Annual report on the lock hospitals of the Madras Presidency
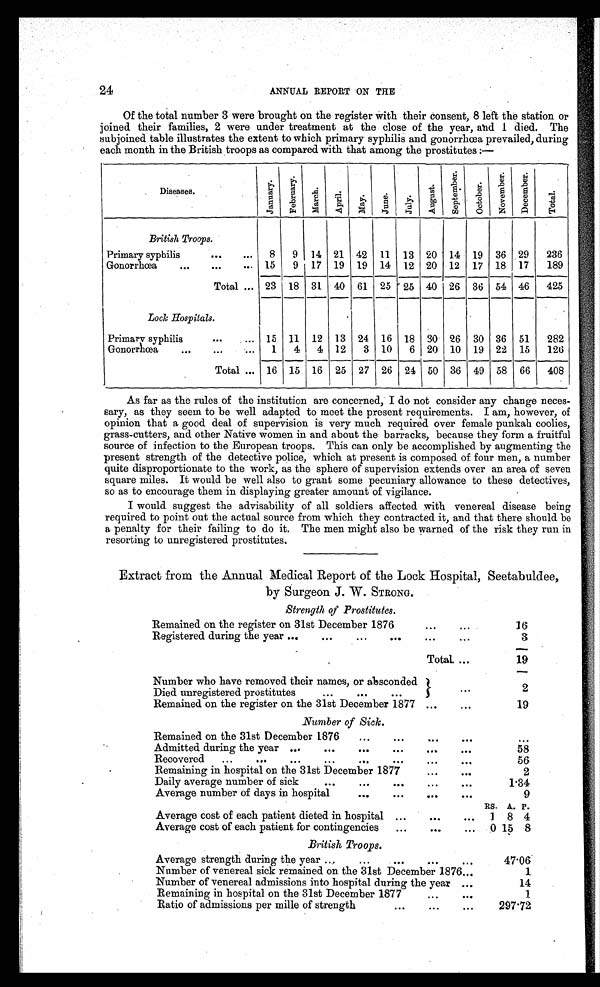
24
ANNUAL REPORT ON THE
Of the total number 3 were brought on the register with their consent, 8 left the station or
joined their families, 2 were under treatment at the close of the year, and I died. The
subjoined table illustrates the extent to which primary syphilis and gonorrhœa prevailed, during
each month in the British troops as compared with that among the prostitutes:—
Diseases.
J a n u a r y .
F e b r u a r y .
M a r c h .
Ap r i l . May. J u n e .
Jul y.
Au g u s t .
S e p t e m b e r .
O c t o b e r .
No v e mb e r .
D e c e m b e r .
T o t a l .
British Troops.
Primary syphilis
...
...
8
9 14 21 42 11 13 20 14 19 36 29
236
Gonorrhœa
...
...
... 15
9 17 19 19 14 12 20 12 17 18 17
189
Total ... 23 18 31 40 61 25 25 40 26 36 54 46
425
Lock Hospitals.
Primary syphilis
. . .
15 11 12 13 24 16 18 30 26 30 36 51
282
Gonorrhœa
...
...
...
1
4
4 12
3 10
6 20 10 19 22 15
126
Total ... 16 15 16 25 27 26 24 50 36 49 58 66
408
As far as the rules of the institution are concerned, I do not consider any change neces-
sary, as they seem to be well adapted to meet the present requirements. I am, however of
opinion that a good deal of supervision is very much required over female punkah coolies,
grass-cutters, and other Native women in and about the barracks, because they form a fruitful
source of infection to the European troops. This can only be accomplished by augmenting the
present strength of the detective police, which at present is composed of four men, a number
quite disproportionate to the work, as the sphere of supervision extends over an area of seven
square miles. It would be well also to grant some pecuniary allowance to these detectives,
so as to encourage them in displaying greater amount of vigilance.
I would suggest the advisability of all soldiers affected with venereal disease being
required to point out the actual source from which they contracted it, and that there should be
a penalty for their failing to do it. The men might also be warned of the risk they run in
resorting to unregistered prostitutes.
Extract from the Annual Medical Report of the Lock Hospital, Seetabuldee,
by Surgeon J. W. STRONG.
Strength of Prostitutes.
Remained on the register on 31st December 1876
...
. . .
16
Registered during the year ...
...
...
...
...
...
3
Total. ...
19
Number who have removed their names, or absconded
Died unregistered prostitutes
...
...
...
...
2
Remained on the register on the 31st December 1877 ...
. . .
19
Number of Sick.
Remained on the 31st December 1876
...
...
. . .
...
. . .
Admitted during the year ...
...
...
...
. . .
. . .
58
Recovered
...
...
...
...
...
...
. . .
. . .
56
Remaining in hospital on the 31st December 1877
...
...
2
Daily average number of sick
...
...
...
. . .
. . .
1.34
Average number of days in hospital
...
...
. . .
. . .
9
. . .
. . . RS. A. P.
Average cost of each patient dieted in hospital ...
. . .
. . .
1 8 4
Average cost of each patient for contingencies
...
. . .
..
0 15 8
British Troops.
Average strength during the year ...
. . . ... .. ...
47.06
Number of venereal sick remained on the 31st December 1876...
1
Number of venereal admissions into hospital during the year ...
14
Remaining in hospital on the 31st December 1877
...
...
1
Ratio of admissions per mille of strength
...
...
...
297.72